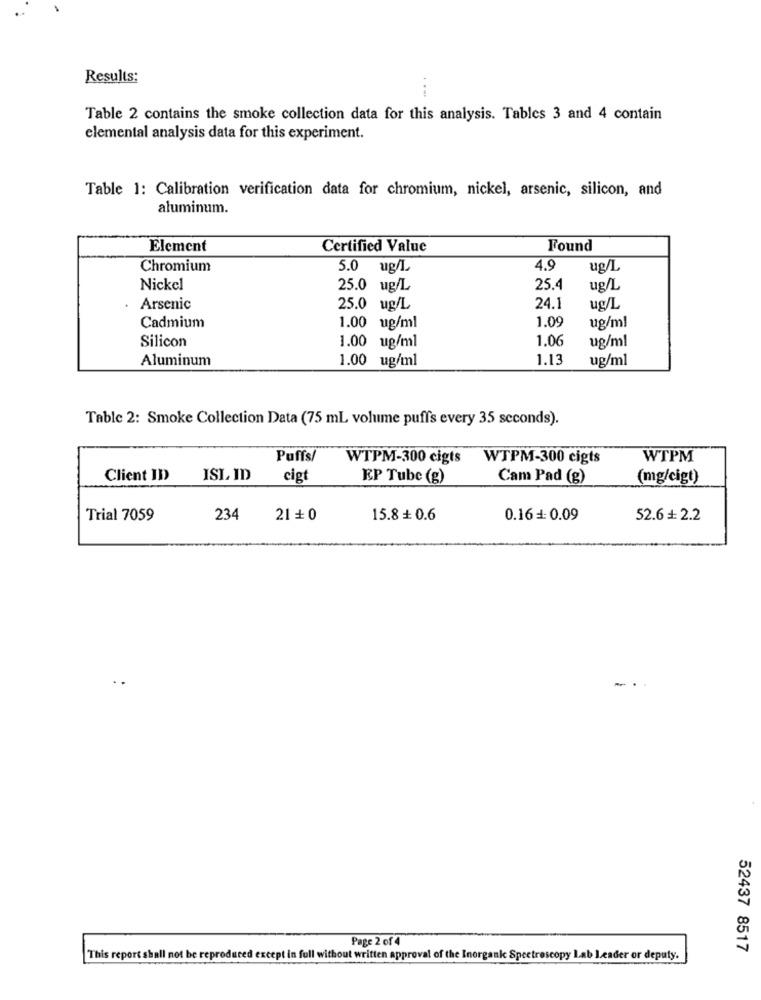
Results:
Table 2 contains the smoke collection data for this analysis. Tables 3 and 4 contain
elemental analysis data for this experiment.
Table 1: Calibration verification data for chromium, nickel, arsenic, silicon, and
aluminum.
Element
Certified Value
Found
Chromium
5.0 ug/L.
4.9
ug/L
Nickel
25.0 ug/L
25.4
ug/L
Arsenic
25.0 ug/L
24.1
ug/L
1.09
Cadmium
1.00 ug/ml
ug/ml
Silicon
1.06
ug/ml
1.00 ug/ml
Aluminum
1.00 ug/ml
1.13
ug/ml
Table 2: Smoke Collection Data (75 mL volume puffs every 35 seconds).
Puffs/
WTPM-300 cigts
WTPM-300 cigts
WTPM
Client ID
ISL ID
cig
EP Tube (g)
Cam Pad (g)
(mg/cigt)
Trial 7059
234
21+ 0
15.8 + 0.6
0.16 : 0.09
52.6 + 2.2
Page 2 of 4
52437 8517
This report shall not be reproduced except in full without written approval of the Inorganic Spectroscopy Lab Leader or deputy.